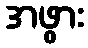
အဖွား